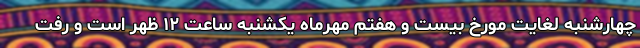
چهارشنبه لغایت مورخ بیست و هفتم مهرماه یکشنبه ساعت ۱۲ ظهر است و رفت